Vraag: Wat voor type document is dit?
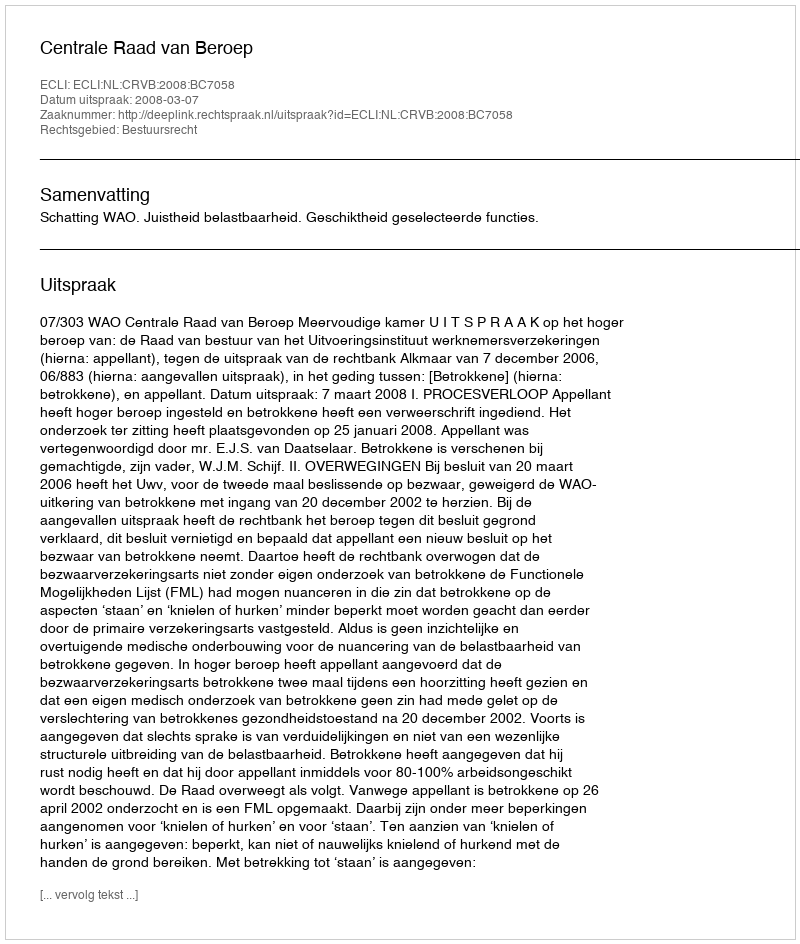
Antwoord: Uitspraak